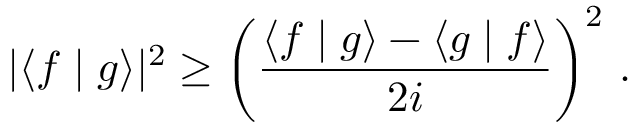
| \langle f \mid g \rangle | ^ { 2 } \geq { \bigg ( } { \frac { \langle f \mid g \rangle - \langle g \mid f \rangle } { 2 i } } { \bigg ) } ^ { 2 } ~ .